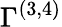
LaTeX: \Gamma^{(3,4)}